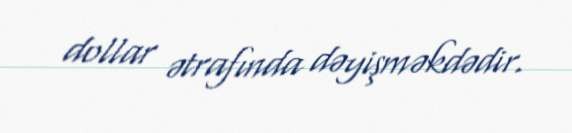
dollar ətrafında dəyişməkdədir.